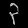
Digit: ၃